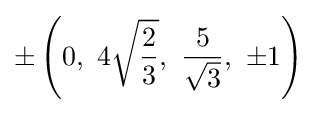
\pm \left(0,\ 4{\sqrt {\frac {2}{3}}},\ {\frac {5}{\sqrt {3}}},\ \pm 1\right)